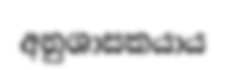
අනුශාසකයාය